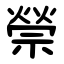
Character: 禜